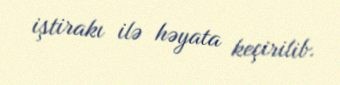
iştirakı ilə həyata keçirilib.